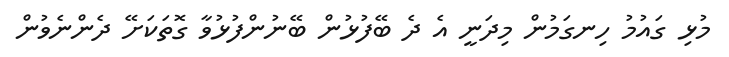
މުޅި ގައުމު ހިނގަމުން މިދަނީ އެ ދެ ބޭފުޅުން ބޭނުންފުޅުވާ ގޮތަކަށޭ ދެންނެވުން